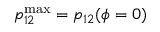
p _ { 1 2 } ^ { \mathrm { m a x } } = p _ { 1 2 } ( \phi = 0 )